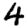
Digit: 4